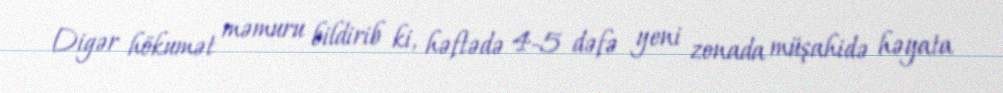
Digər hökumət məmuru bildirib ki, həftədə 4-5 dəfə yeni zonada müşahidə həyata